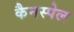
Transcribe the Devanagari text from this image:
कैनस्पेल